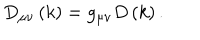
LaTeX: D _ { \mu \nu } \left( k \right) = g _ { \mu \nu } D \left( k \right) .